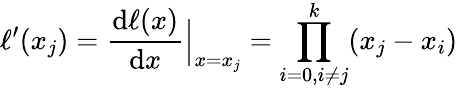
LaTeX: \ell^{\prime}(x_{j})={\frac{\mathrm{d}\ell(x)}{\mathrm{d}x}}{\Big|}_{x=x_{j}}=\prod_{i=0,i\neq j}^{k}(x_{j}-x_{i})